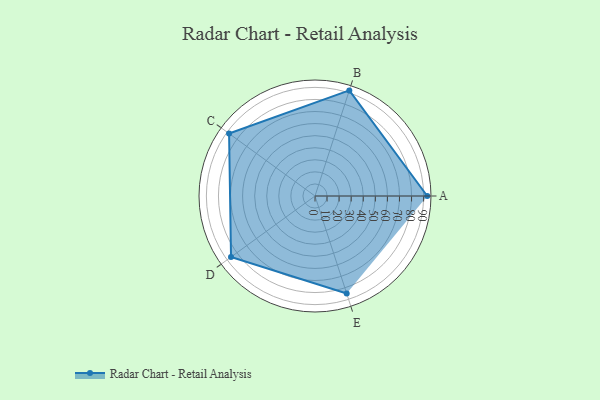
{"axis": {"x": "Skill", "y": "Score"}, "legend": ["Profile"], "data": [{"x": "A", "y": 93.0, "type": "Profile"}, {"x": "B", "y": 92.0, "type": "Profile"}, {"x": "C", "y": 88.0, "type": "Profile"}, {"x": "D", "y": 86.0, "type": "Profile"}, {"x": "E", "y": 85.0, "type": "Profile"}]}